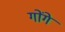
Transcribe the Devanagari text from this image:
गोंगे